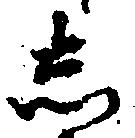
し